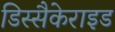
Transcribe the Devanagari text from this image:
डिस्सैकेराइड